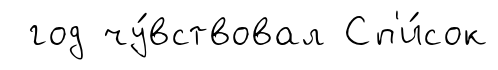
год чу́вствовал Сп'и́сок